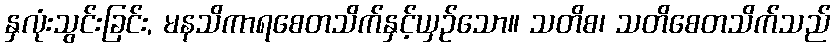
နှလုံးသွင်းခြင်း, မနသိကာရစေတသိက်နှင့်ယှဉ်သော။ သတိစ၊ သတိစေတသိက်သည်